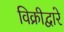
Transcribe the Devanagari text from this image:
विक्रीद्वारे